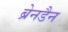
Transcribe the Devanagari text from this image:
ब्रेनडैन